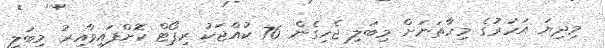
މިދިޔަ އަހަރުގެ މިހާތަނަށް މިބަލި ޖެހިގެން 76 ކުއްޖަކު ރިޕޯޓް ކޮށްފައިވާއިރު މިބަލި